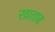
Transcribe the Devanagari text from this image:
खाताब